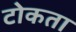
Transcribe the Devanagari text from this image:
टोकता